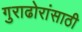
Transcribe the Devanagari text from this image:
गुराढोरांसाठी